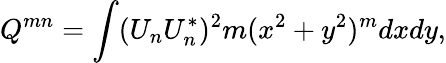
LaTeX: Q^{mn}=\int(U_{n}U_{n}^{*})^{2}m(x^{2}+y^{2})^{m}dxdy,